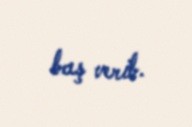
baş verib.